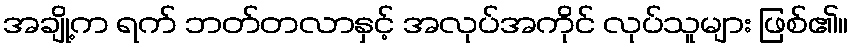
အချို့က ရက် ဘတ်တလာနှင့် အလုပ်အကိုင် လုပ်သူများ ဖြစ်၏။